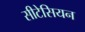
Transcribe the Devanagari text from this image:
सीटेसियन